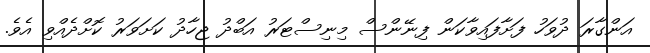
އަންގާރަ ދުވަހު ފަށާފައިވާކަން ފިނޭންސް މިނިސްޓަރު އަބްދު ޖިހާދު ކަށަވަރު ކޮށްދެއްވި އެވެ.